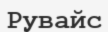
Рувайс